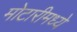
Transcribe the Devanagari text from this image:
मोटारीमध्ये